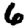
Digit: 6